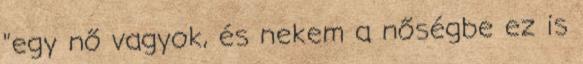
"egy nő vagyok, és nekem a nőségbe ez is